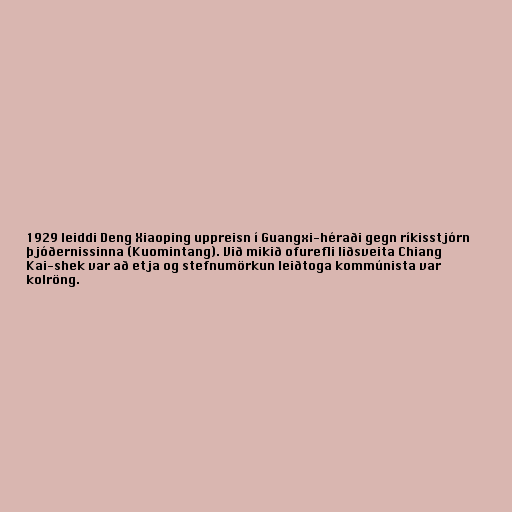
1929 leiddi Deng Xiaoping uppreisn í Guangxi-héraði gegn ríkisstjórn
þjóðernissinna (Kuomintang). Við mikið ofurefli liðsveita Chiang
Kai-shek var að etja og stefnumörkun leiðtoga kommúnista var
kolröng.